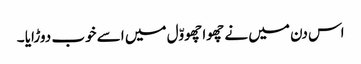
اس دن میں نے چھوا چھووّل میں اسے خوب دوڑایا ۔